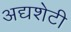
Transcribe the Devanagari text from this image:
अद्यशेटी